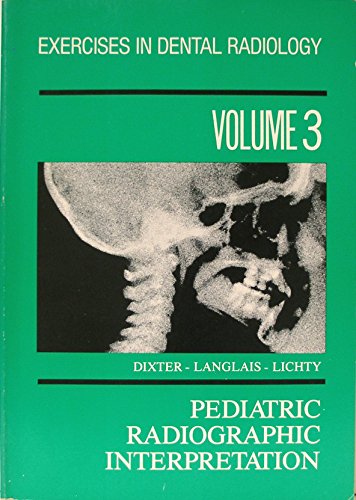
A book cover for Paediatric Radiographic Interpretation (Exercises in dental radiology); C. Dixter; Medical Books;